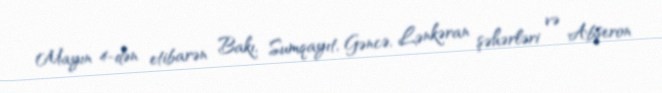
Mayın 4-dən etibarən Bakı, Sumqayıt, Gəncə, Lənkəran şəhərləri və Abşeron